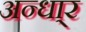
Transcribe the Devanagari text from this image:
अन्धा्र